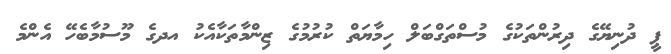
ޕީ ދުނިޔޭގެ ދިރުންތަކުގެ މުސްތަގްބަލް ހިމާޔަތް ކުރުމުގެ ޒިންމާތަކާއެކު އދގެ މޫސުމާބެހޭ އެންމެ